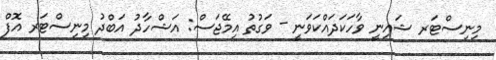
މިނިސްޓަރ ޝައިނީ ވާހަކަދައްކަވަނީ - ވަގުތު އިމޭޖަސް: އަޝްހާދު އަބްދު މިނިސްޓަރ އޮފް